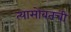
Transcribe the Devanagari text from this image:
त्यासोबतची